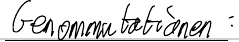
Genommutationen: